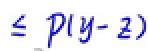
$\leq p(y - z)$